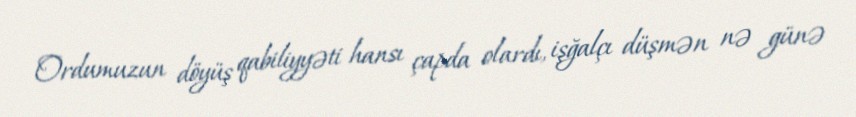
Ordumuzun döyüş qabiliyyəti hansı çapda olardı, işğalçı düşmən nə günə